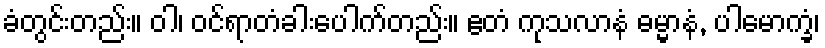
ခံတွင်းတည်း။ ဝါ၊ ဝင်ရာတံခါးပေါက်တည်း။ ဧတံ ကုသလာနံ ဓမ္မာနံ, ပါမောက္ခံ၊